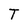
Character: T